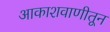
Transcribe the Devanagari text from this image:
आकाशवाणीतून